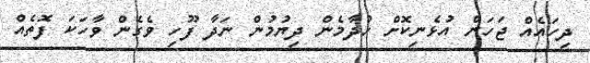
ދިހައެއް ޖަހަން އުޅެނިކޮށް ހުދާމެން ދިޔުމުން ނަދާ ފޫހި ވެގެން ވާހަކަ ފޮތެއް